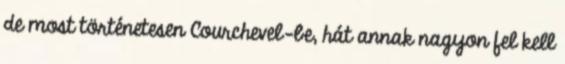
de most történetesen Courchevel-be, hát annak nagyon fel kell